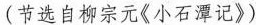
(节选自柳宗元《小石潭记》)